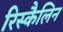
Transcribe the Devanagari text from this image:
रिस्कैलिन